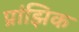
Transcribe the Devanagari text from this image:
प्रांझिक